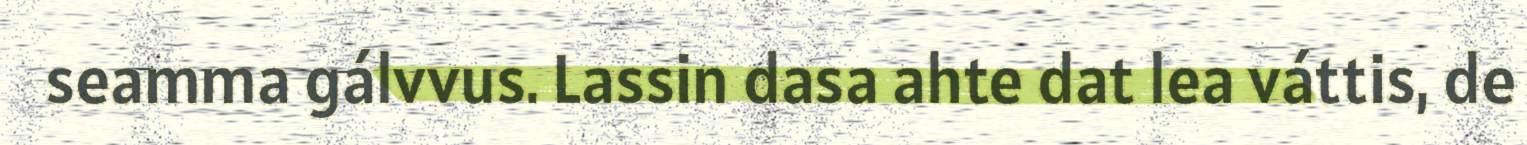
seamma gálvvus. Lassin dasa ahte dat lea váttis, de